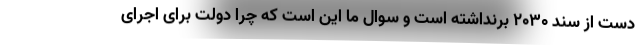
دست از سند ۲۰۳۰ برنداشته است و سوال ما این است که چرا دولت برای اجرای